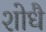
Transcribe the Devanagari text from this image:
शोधै